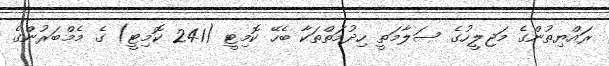
ރައްޔިތުންގެ މަޖިލީހުގެ ސަލާމަތީ ހިދުމަތްތަކާ ބެހޭ ކޮމިޓީ (241 ކޮމިޓީ) ގެ މެމްބަރުންގެ